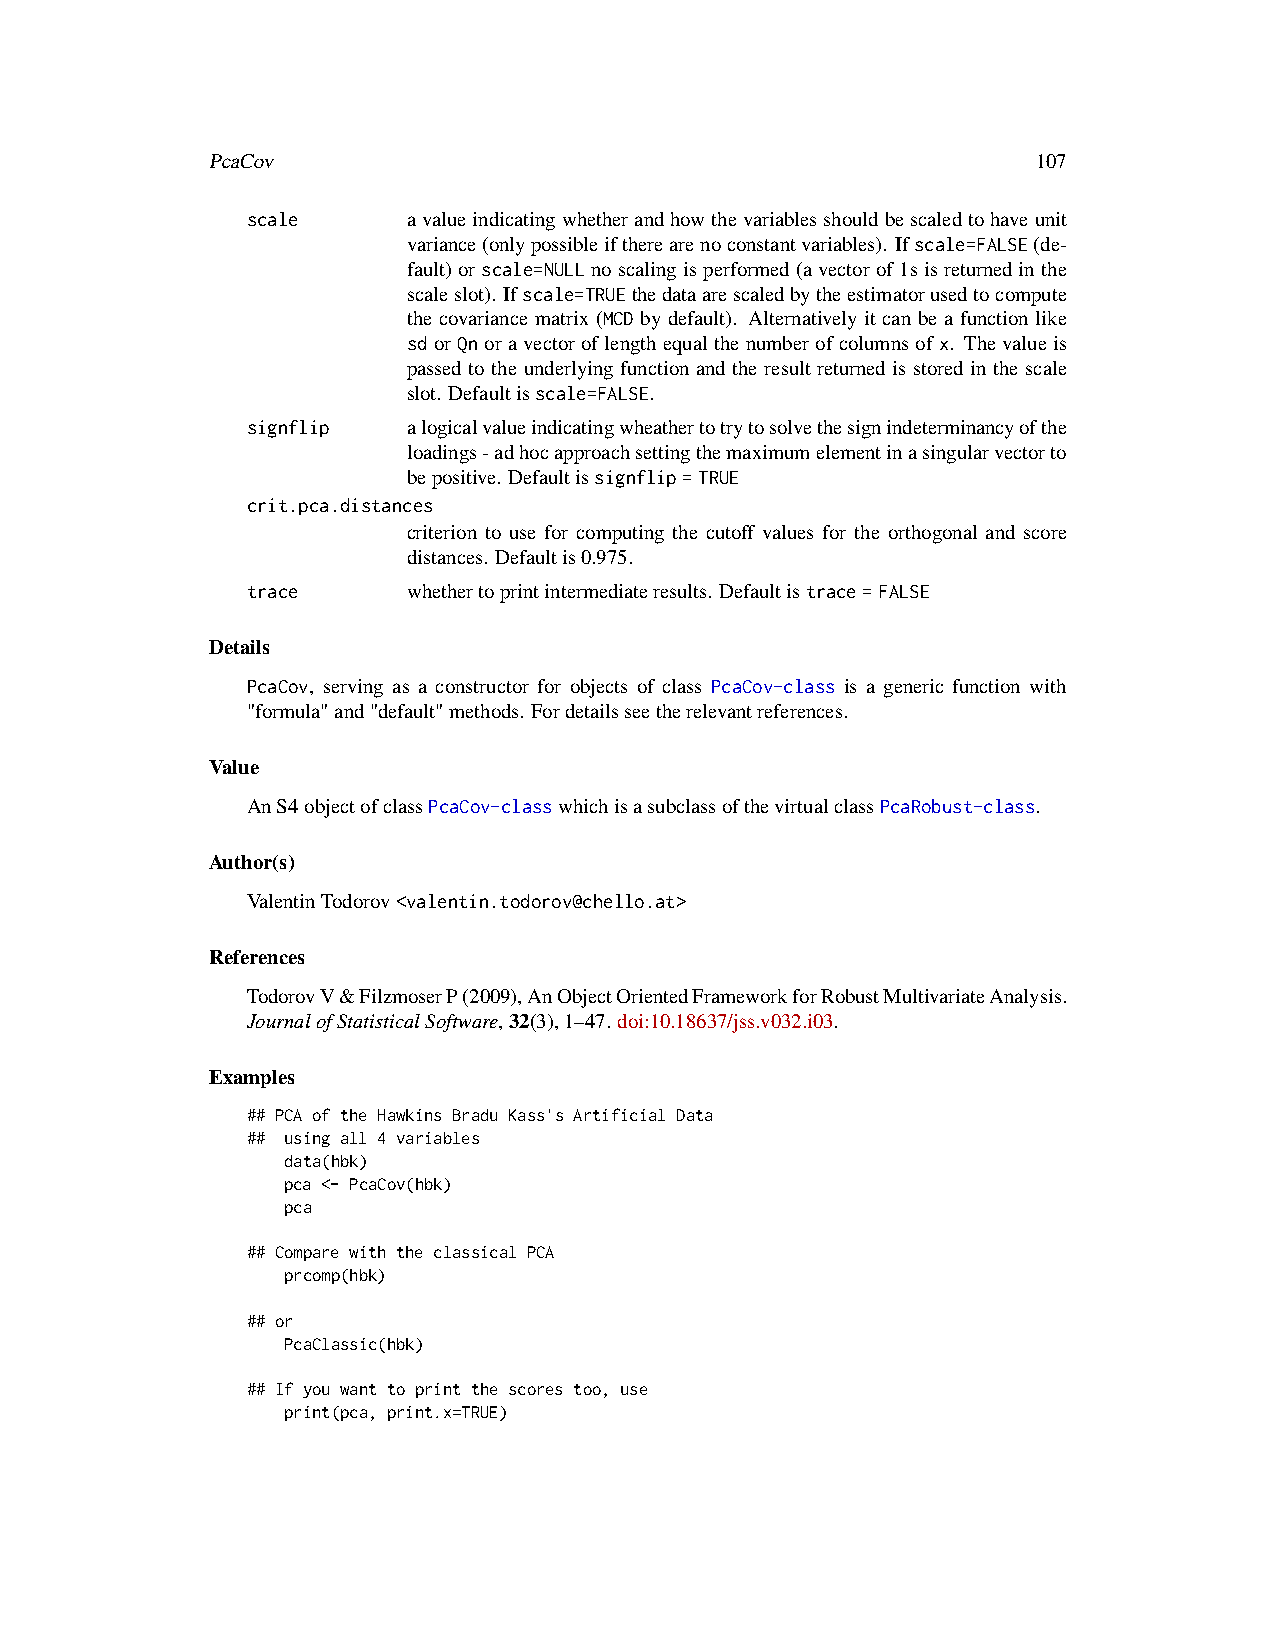
PcaCov                                                 107
 scale      avalueindicatingwhetherandhowthevariablesshouldbescaledtohaveunit
 variance(onlypossibleiftherearenoconstantvariables). Ifscale=FALSE(de-
 fault)orscale=NULLnoscalingisperformed(avectorof1sisreturnedinthe
 scaleslot). Ifscale=TRUEthedataarescaledbytheestimatorusedtocompute
 the covariance matrix (MCD by default). Alternatively it can be a function like
 sdorQnoravectoroflengthequalthenumberofcolumnsofx. Thevalueis
 passed to the underlying function and the result returned is stored in the scale
 slot. Defaultisscale=FALSE.
 signflip   alogicalvalueindicatingwheathertotrytosolvethesignindeterminancyofthe
 loadings-adhocapproachsettingthemaximumelementinasingularvectorto
 bepositive. Defaultissignflip=TRUE
 crit.pca.distances
 criterion to use for computing the cutoff values for the orthogonal and score
 distances. Defaultis0.975.
 trace      whethertoprintintermediateresults. Defaultistrace=FALSE
 Details
 PcaCov, serving as a constructor for objects of class PcaCov-class is a generic function with
 "formula"and"default"methods. Fordetailsseetherelevantreferences.
 Value
 AnS4objectofclassPcaCov-classwhichisasubclassofthevirtualclassPcaRobust-class.
 Author(s)
 ValentinTodorov<valentin.todorov@chello.at>
 References
 TodorovV&FilzmoserP(2009),AnObjectOrientedFrameworkforRobustMultivariateAnalysis.
 JournalofStatisticalSoftware,32(3),1–47. doi:10.18637/jss.v032.i03.
 Examples
 ## PCA of the Hawkins Bradu Kass's Artificial Data
 ## using all 4 variables
 data(hbk)
 pca <- PcaCov(hbk)
 pca
 ## Compare with the classical PCA
 prcomp(hbk)
 ## or
 PcaClassic(hbk)
 ## If you want to print the scores too, use
 print(pca, print.x=TRUE)